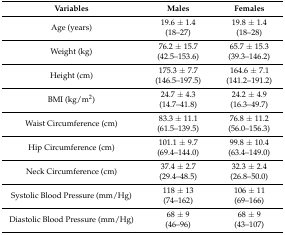
<table><thead><tr><td><b>Variables</b></td><td><b>Males</b></td><td><b>Females</b></td></tr></thead><tbody><tr><td>Age (years)</td><td>19.6 ± 1.4(18–27)</td><td>19.8 ± 1.4(18–28)</td></tr><tr><td>Weight (kg)</td><td>76.2 ± 15.7(42.5–153.6)</td><td>65.7 ± 15.3(39.3–146.2)</td></tr><tr><td>Height (cm)</td><td>175.3 ± 7.7(146.5–197.5)</td><td>164.6 ± 7.1(141.2–191.2)</td></tr><tr><td>BMI (kg/m<sup>2</sup>)</td><td>24.7 ± 4.3(14.7–41.8)</td><td>24.2 ± 4.9(16.3–49.7)</td></tr><tr><td>Waist Circumference (cm)</td><td>83.3 ± 11.1(61.5–139.5)</td><td>76.8 ± 11.2(56.0–156.3)</td></tr><tr><td>Hip Circumference (cm)</td><td>101.1 ± 9.7(69.4–144.0)</td><td>99.8 ± 10.4(63.4–149.0)</td></tr><tr><td>Neck Circumference (cm)</td><td>37.4 ± 2.7(29.4–48.5)</td><td>32.3 ± 2.4(26.8–50.0)</td></tr><tr><td>Systolic Blood Pressure (mm/Hg)</td><td>118 ± 13(74–162)</td><td>106 ± 11(69–166)</td></tr><tr><td>Diastolic Blood Pressure (mm/Hg)</td><td>68 ± 9(46–96)</td><td>68 ± 9(43–107)</td></tr></tbody></table>